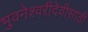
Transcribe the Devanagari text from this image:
भुवनेश्वरीदेवीसाठी